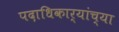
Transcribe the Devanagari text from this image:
पदाधिकार्‍यांच्या